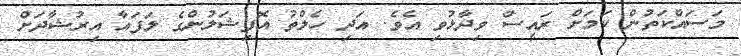
މަސައްކަތުން ކަމަށް ރައީސް ވިދާޅުވި އެވެ. އަދި ހެލްތު އޮފިޝަލުންގެ ލަފައާ އިރުޝާދަށް